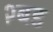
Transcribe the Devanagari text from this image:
२बड